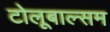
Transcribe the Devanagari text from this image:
टोलूबाल्सम